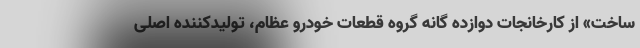
ساخت» از کارخانجات دوازده گانه گروه قطعات خودرو عظام، تولیدکننده اصلی